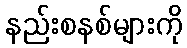
နည်းစနစ်များကို